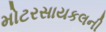
મોટરસાયકલની